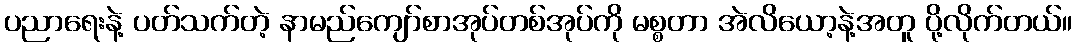
ပညာရေးနဲ့ ပတ်သက်တဲ့ နာမည်ကျော်စာအုပ်တစ်အုပ်ကို မစ္စတာ အဲလိယော့နဲ့အတူ ပို့လိုက်တယ်။